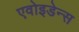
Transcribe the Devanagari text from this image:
एवोइडेन्स